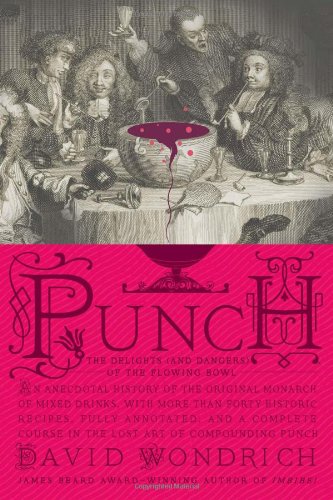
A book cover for Punch: The Delights (and Dangers) of the Flowing Bowl; David Wondrich; Cookbooks, Food & Wine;